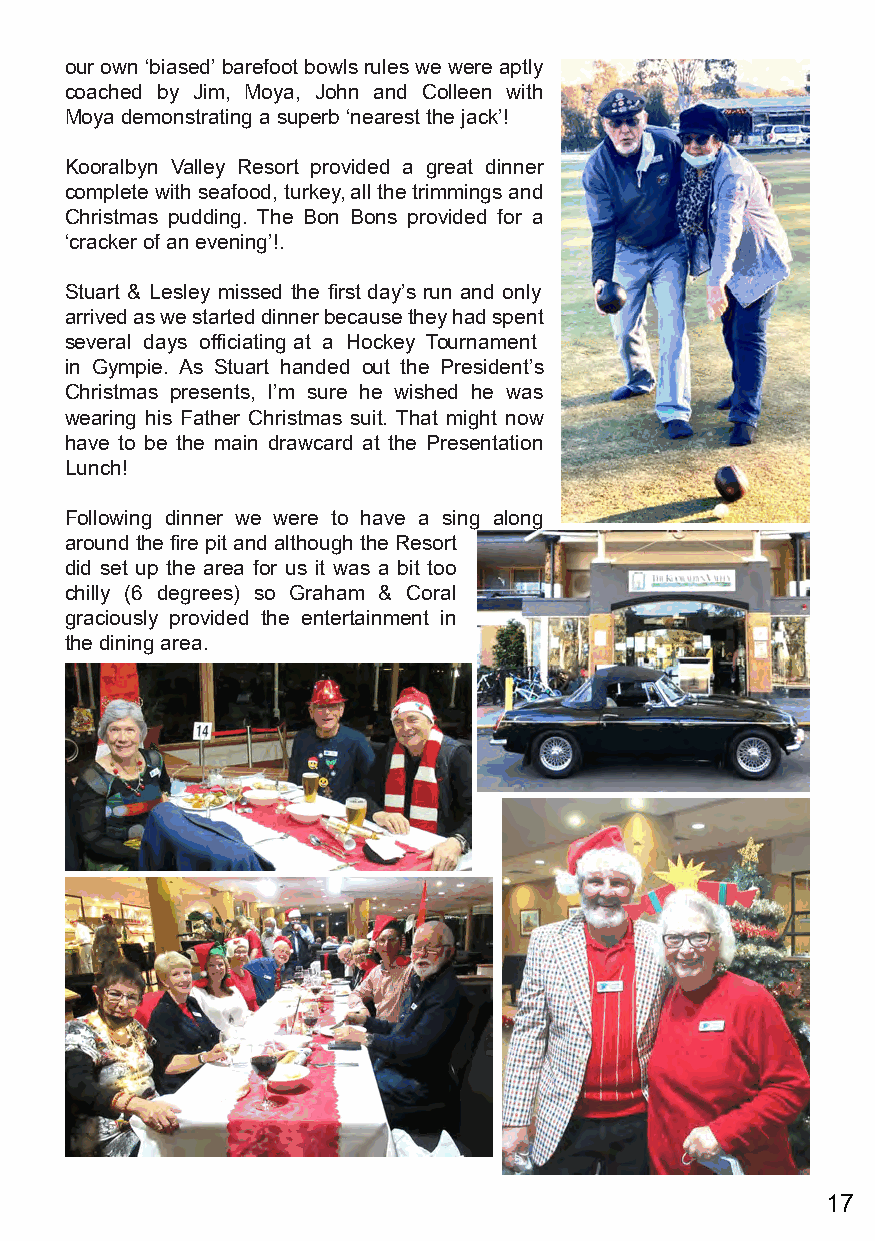
our own ‘biased’ barefoot bowls rules we were aptly
 coached by Jim, Moya, John and Colleen with
 Moya demonstrating a superb ‘nearest the jack’!
 Kooralbyn Valley Resort provided a great dinner
 complete with seafood, turkey, all the trimmings and
 Christmas pudding. The Bon Bons provided for a
 ‘cracker of an evening’!.
 Stuart & Lesley missed the first day’s run and only
 arrived as we started dinner because they had spent
 several days officiating at a Hockey Tournament
 in Gympie. As Stuart handed out the President’s
 Christmas presents, I’m sure he wished he was
 wearing his Father Christmas suit. That might now
 have to be the main drawcard at the Presentation
 Lunch!
 Following dinner we were to have a sing along
 around the fire pit and although the Resort
 did set up the area for us it was a bit too
 chilly (6 degrees) so Graham & Coral
 graciously provided the entertainment in
 the dining area.
 17